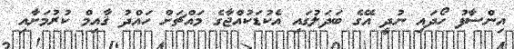
އިންސާފު ހޯދައި ނުދީ އޭގެ ބަދަލުގައި އެކުޑަކުއްޖާގެ މައްޗަށް ހައްދު ޤާއިމް ކުރުމަށާއި